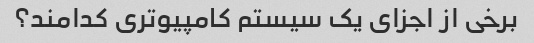
برخی از اجزای یک سیستم کامپیوتری کدامند؟